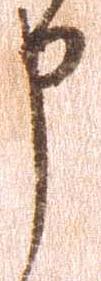
申